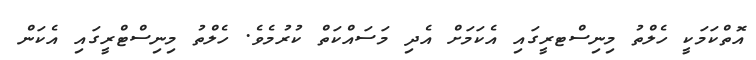
އޮތްކަމަކީ ހެލްތު މިނިސްޓރީގައި އެކަމަށް އެދި މަސައްކަތް ކުރުމެވެ. ހެލްތު މިނިސްޓްރީގައި އެކަން